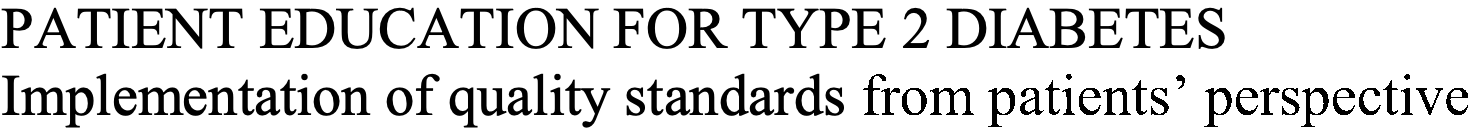
PATIENT EDUCATION   FOR TYPE 2 DIABETES Implementation of quality standards from patients’ perspective